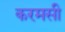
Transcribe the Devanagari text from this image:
करमसी